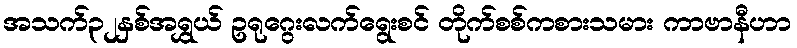
အသက်၃၂နှစ်အရွှယ် ဥရုဂွေးလက်ရွေးစင် တိုက်စစ်ကစားသမား ကာဗာနီဟာ